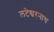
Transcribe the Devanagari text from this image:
लटेश्वरनाथ